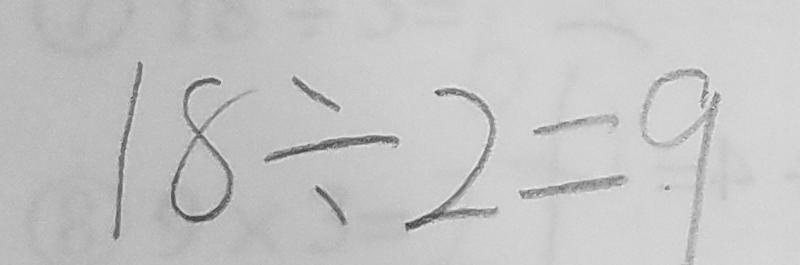
1 8 \div 2 = 9